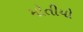
મોતીયો